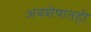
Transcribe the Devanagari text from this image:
अवशेषातही